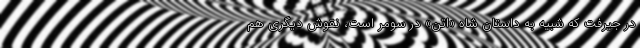
در جیرفت که شبیه به داستان شاه «اِتَنَ» در سومر است، نقوش دیگری هم